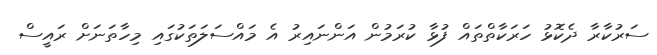
ސަރުކާރާ ދެކޮޅު ހަރަކާތްތައް ފުޅާ ކުރަމުން އަންނައިރު އެ މައްސަލަތަކުގައި މިހާތަނަށް ރައީސް